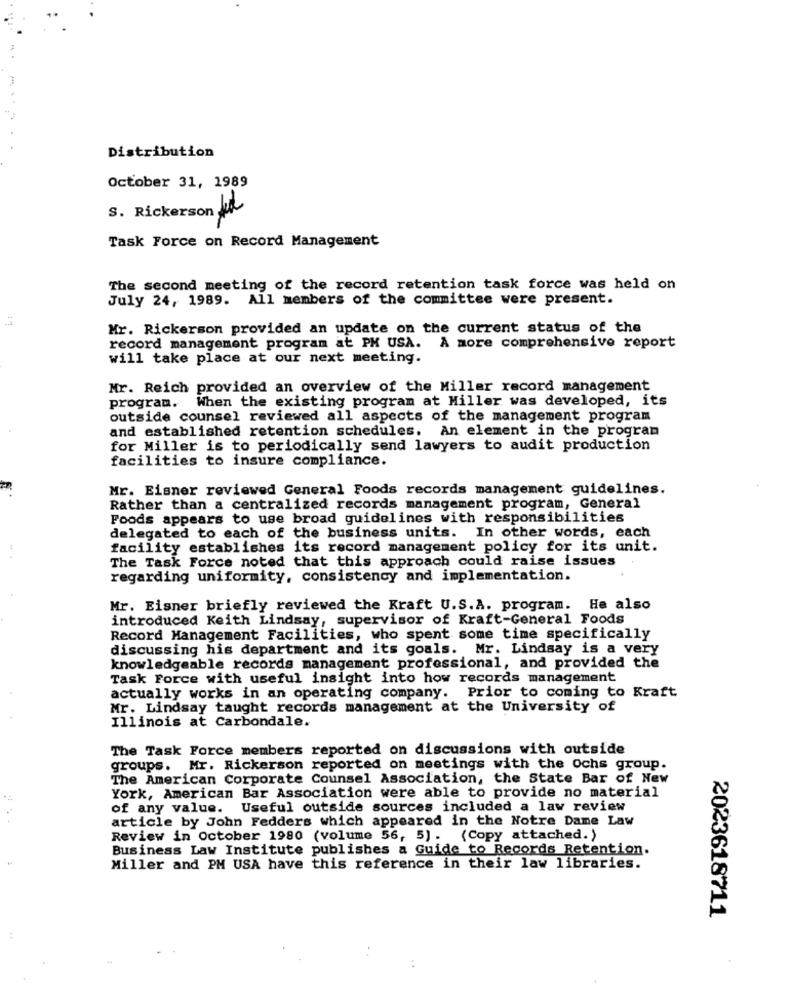
Distribution
October 31, 1989
S. Rickerson ka
Task Force on Record Management
The second meeting of the record retention task force was held on
July 24, 1989. All members of the committee were present.
Mr. Rickerson provided an update on the current status of the
record management program at PK USA. A more comprehensive report
will take place at our next meeting.
Mr. Reich provided an overview of the Miller record management
program. When the existing program at Miller was developed, its
outside counsel reviewed all aspects of the management program
and established retention schedules. An element in the program
for Miller is to periodically send lawyers to audit production
facilities to insure compliance.
Mr. Eisner reviewed General Foods records management guidelines.
Rather than a centralized records management program, General
Foods appears to use broad guidelines with responsibilities
delegated to each of the business units. In other words, each
facility establishes its record management policy for its unit.
The Task Force noted that this approach could raise issues
regarding uniformity, consistency and implementation.
Mr. Eisner briefly reviewed the Kraft U.S.A. program. He also
introduced Keith Lindsay, supervisor of Kraft-General Foods
Record Management Facilities, who spent some time specifically
discussing his department and its goals. Mr. Lindsay is a very
knowledgeable records management professional, and provided the
Task Force with useful insight into how records management
actually works in an operating company. Prior to coming to Kraft
Mr. Lindsay taught records management at the University of
Illinois at Carbondale.
The Task Force members reported on discussions with outside
groups. Mr. Rickerson reported on meetings with the ochs group.
The American Corporate Counsel Association, the State Bar of New
York, American Bar Association were able to provide no material
of any value. Useful outside sources included a law review
article by John Fedders which appeared in the Notre Dame Law
Review in October 1980 (volume 56, 5). (Copy attached.)
Business Law Institute publishes a Guide to Records Retention.
Miller and PM USA have this reference in their law libraries.
2023618711